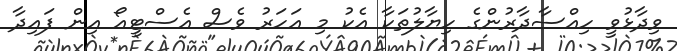
ވިދާޅުވީ ހިއްސާދާރުންގެ ހިޔާލުތަކާ އެކު މި އަހަރު ވެސް އެސްޓީއޯ އިން ފައިދާ